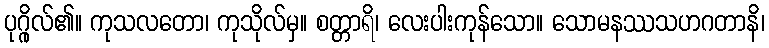
ပုဂ္ဂိုလ်၏။ ကုသလတော၊ ကုသိုလ်မှ။ စတ္တာရိ၊ လေးပါးကုန်သော။ သောမနဿသဟဂတာနိ၊